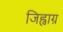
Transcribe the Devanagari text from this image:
जिह्वाग्र